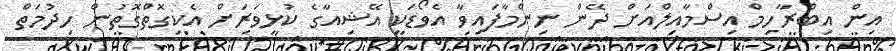
އިން އިބްރާހިމް އިސްމާއިލްއަށް ދޭން ނިންމާފައިވާ އެވޯޑަކީ އޭޝިއާގެ ކުޅިވަރަށް އެކިގޮތްގޮތުން ހިދުމަތް